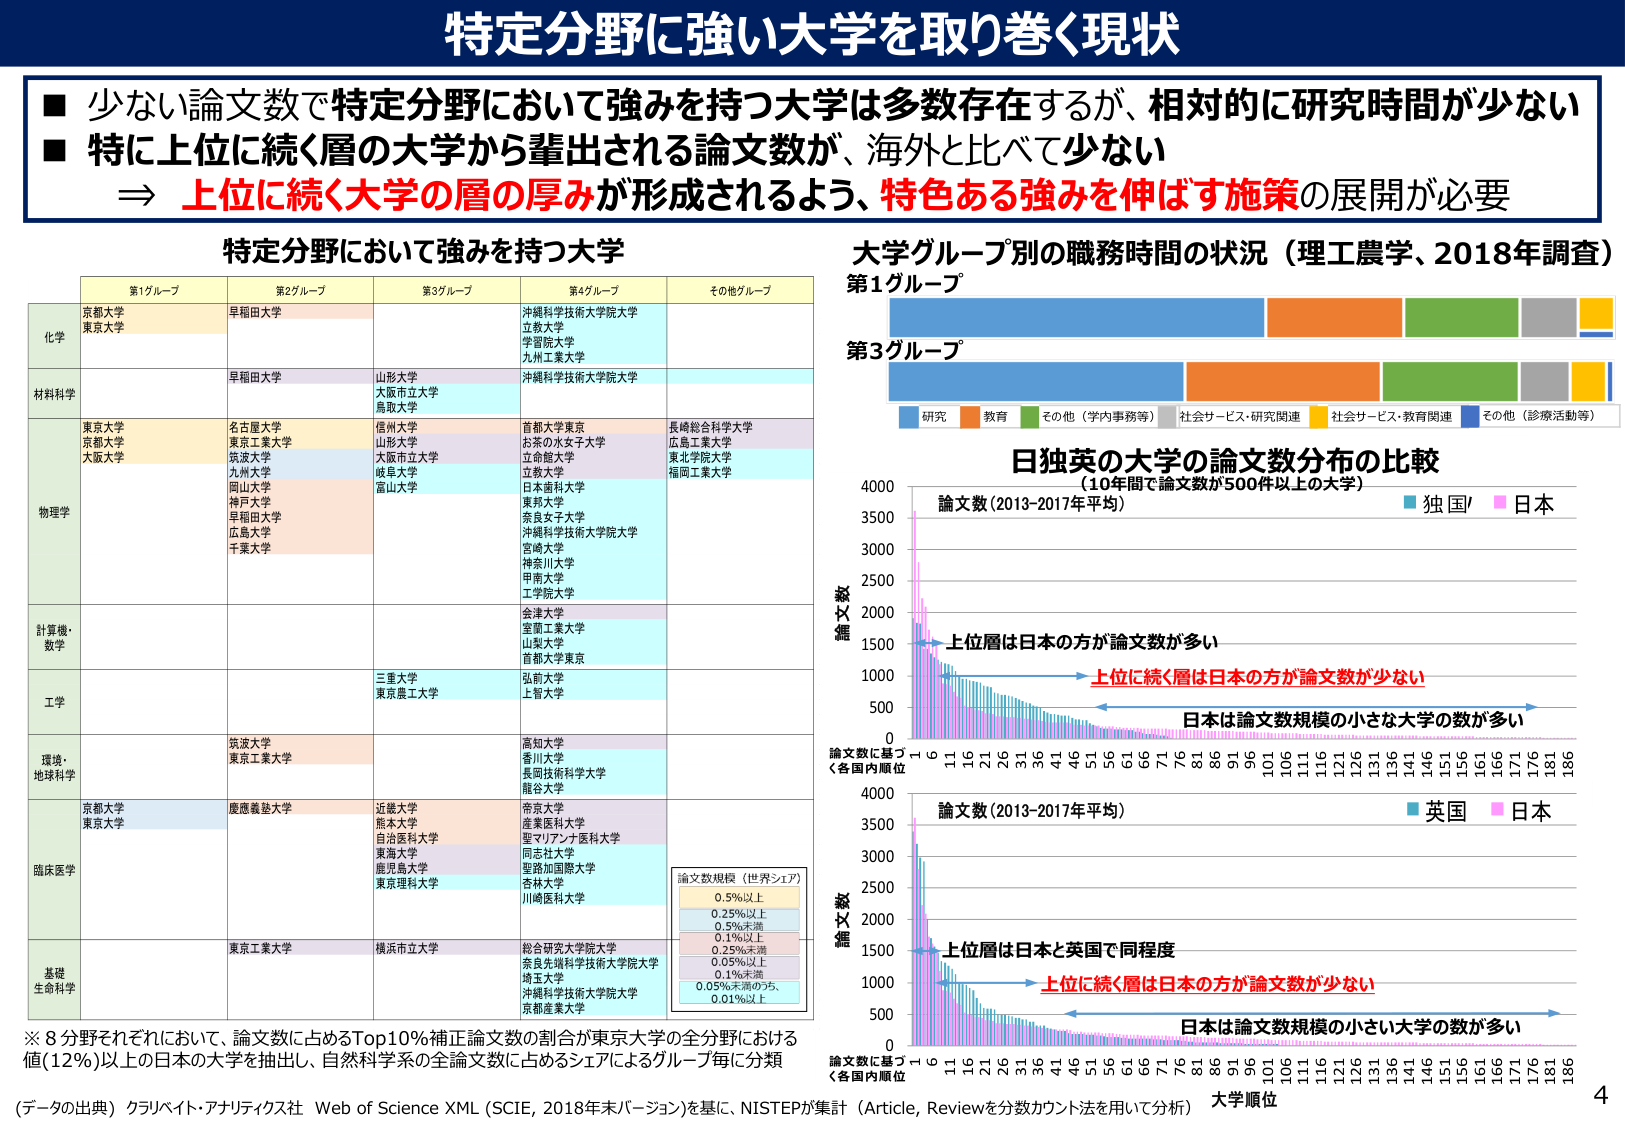
特定分野に強い大学を取り巻く現状

■ 少ない論文数で特定分野において強みを持つ大学は多数存在するが、相対的に研究時間が少ない
■ 特に上位に続く層の大学から輩出される論文数が、海外と比べて少ない
⇒ 上位に続く大学の層の厚みが形成されるよう、特色ある強みを伸ばす施策の展開が必要

特定分野において強みを持つ大学

第1グループ 第2グループ 第3グループ 第4グループ その他グループ

化学
京都大学
東京大学
早稲田大学
沖縄科学技術大学院大学
立教大学
学習院大学
九州工業大学

材料科学
早稲田大学
山形大学
大阪市立大学
鳥取大学
沖縄科学技術大学院大学

物理学
東京大学
京都大学
大阪大学
名古屋大学
東京工業大学
筑波大学
九州大学
岡山大学
神戸大学
早稲田大学
広島大学
千葉大学
信州大学
山形大学
大阪市立大学
岐阜大学
富山大学
首都大学東京
お茶の水女子大学
立命館大学
立教大学
日本歯科大学
東邦大学
奈良女子大学
沖縄科学技術大学院大学
宮崎大学
神奈川大学
甲南大学
工学院大学
長崎総合科学大学
広島工業大学
東北学院大学
福岡工業大学

計算機・数学
金沢大学
室蘭工業大学
山梨大学
首都大学東京

工学
三重大学
東京農工大学
弘前大学
上智大学

環境・地球科学
筑波大学
東京工業大学
高知大学
香川大学
長岡技術科学大学
龍谷大学

臨床医学
京都大学
東京大学
慶應義塾大学
近畿大学
熊本大学
自治医科大学
東海大学
鹿児島大学
東京理科大学
帝京大学
産業医科大学
聖マリアンナ医科大学
同志社大学
星路加国際大学
杏林大学
川崎医科大学

基礎生命科学
東京工業大学
横浜市立大学
総合研究大学院大学
奈良先端科学技術大学院大学
埼玉大学
沖縄科学技術大学院大学
京都産業大学

※ 8分野それぞれにおいて、論文数に占めるTop10%補正論文数の割合が東京大学の全分野における値(12%)以上の日本の大学を抽出し、自然科学系の全論文数に占めるシェアによるグループ毎に分類

大学グループ別の職務時間の状況（理工農学、2018年調査）
第1グループ
第3グループ
研究 教育 その他（学内事務等） 社会サービス・研究関連 社会サービス・教育関連 その他（診療活動等）

日独英の大学の論文数分布の比較
（10年間で論文数が500件以上の大学）
論文数 (2013-2017年平均)
独国/ 日本
上位層は日本の方が論文数が多い
上位に続く層は日本の方が論文数が少ない
日本は論文数規模の小さな大学の数が多い

論文数 (2013-2017年平均)
英国 日本
上位層は日本と英国で同程度
上位に続く層は日本の方が論文数が少ない
日本は論文数規模の小さい大学の数が多い

論文数規模（世界シェア）
0.5%以上
0.25%以上
0.5%未満
0.1%以上
0.25%未満
0.05%以上
0.1%未満
0.05%未満のうち、
0.01%以上

（データの出典）クラリベイツ・アナリティクス社 Web of Science XML (SCIE, 2018年末バージョン)を基に、NISTEPが集計（Article, Reviewを分数カウント法を用いて分析）

大学順位
4